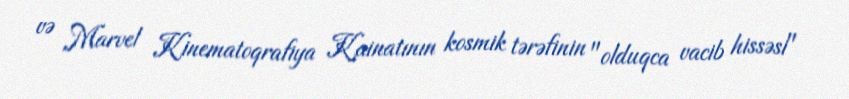
və Marvel Kinematoqrafiya Kainatının kosmik tərəfinin "olduqca vacib hissəsi"